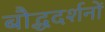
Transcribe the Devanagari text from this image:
बौद्धदर्शनों